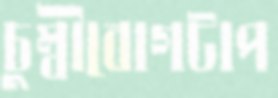
চুম্বীবোগটাপ